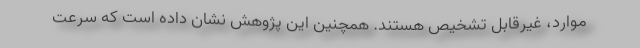
موارد، غیرقابل تشخیص هستند. همچنین این پژوهش نشان داده است که سرعت